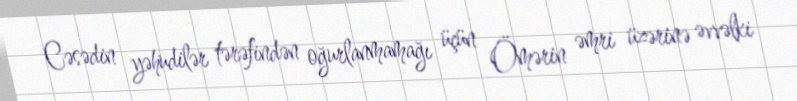
Cəsədin yəhudilər tərəfindən oğurlanmamağı üçün Ömərin əmri üzərinə əvvəlki